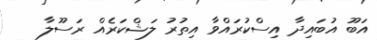
އަބޫ އުބައިދާ އިސްކުރައްވާ އިތުރު ލަޝްކަރެއް ރަސޫލާ